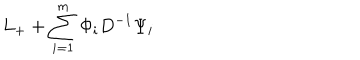
L _ { + } + \sum _ { i = 1 } ^ { m } \Phi _ { i } D ^ { - 1 } \Psi _ { i }